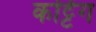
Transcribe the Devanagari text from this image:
कट्टिंग